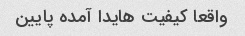
واقعا کیفیت هایدا آمده پایین